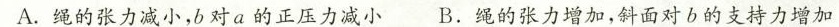
A.绳的张力减小，b对a的正压力减小 B.绳的张力增加，斜面对b的支持力增加